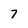
Character: 7